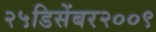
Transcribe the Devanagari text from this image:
२५डिसेंबर२००९